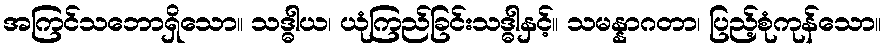
အကြင်သဘောရှိသော။ သဒ္ဓါယ၊ ယုံကြည်ခြင်းသဒ္ဓါနှင့်။ သမန္နာဂတာ၊ ပြည့်စုံကုန်သော။